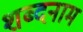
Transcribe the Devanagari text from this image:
शब्दनाम